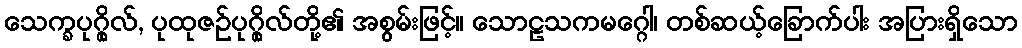
သေက္ခပုဂ္ဂိုလ်, ပုထုဇဉ်ပုဂ္ဂိုလ်တို့၏ အစွမ်းဖြင့်။ သောဠသကမဂ္ဂေါ၊ တစ်ဆယ့်ခြောက်ပါး အပြားရှိသော